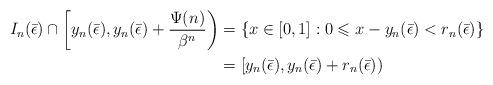
LaTeX: \begin{align*}I_n(\bar{\epsilon})\cap \left[y_n(\bar{\epsilon}),y_n(\bar{\epsilon})+\frac{\Psi(n)}{\beta^n}\right)&=\left\{x\in [0,1]: 0\leqslant x-y_n(\bar{\epsilon})< r_n(\bar{\epsilon})\right\}\\ &=[y_n(\bar{\epsilon}), y_n(\bar{\epsilon})+r_n(\bar{\epsilon}))\end{align*}